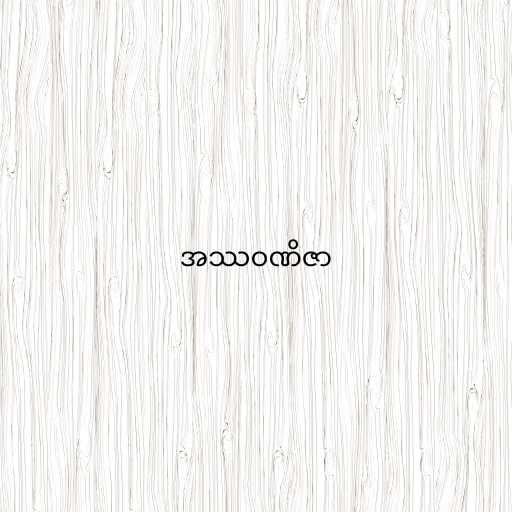
အဿဝဏိဇာ